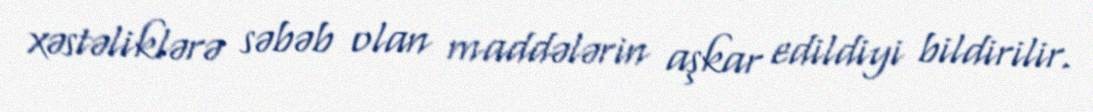
xəstəliklərə səbəb olan maddələrin aşkar edildiyi bildirilir.